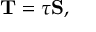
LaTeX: \mathbf { T } = \tau \mathbf { S } ,